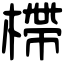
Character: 㯂